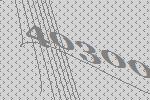
40300